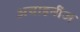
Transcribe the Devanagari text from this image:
अचाइनीज